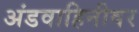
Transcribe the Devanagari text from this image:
अंडवाहिनीवर